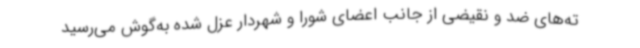
ته‌های ضد و نقیضی از جانب اعضای شورا و شهردار عزل شده به‌گوش می‌رسید